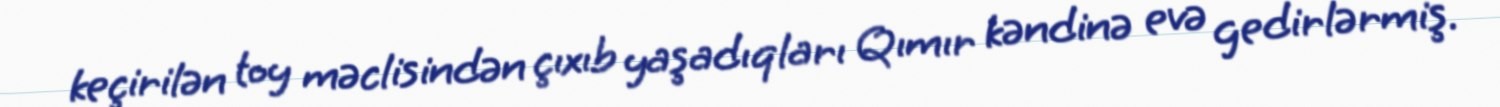
keçirilən toy məclisindən çıxıb yaşadıqları Qımır kəndinə evə gedirlərmiş.